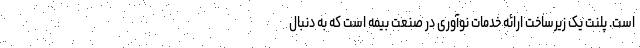
است. پلنت یک زیرساخت ارائه خدمات نوآوری در صنعت بیمه است که به دنبال